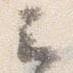
云